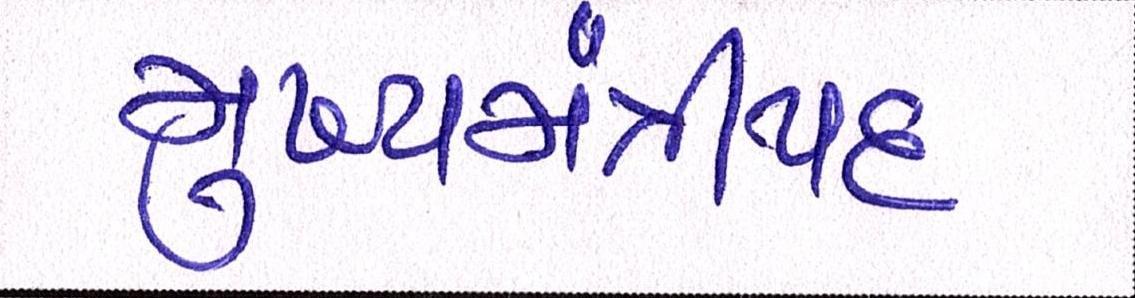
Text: મુખ્યમંત્રીપદ